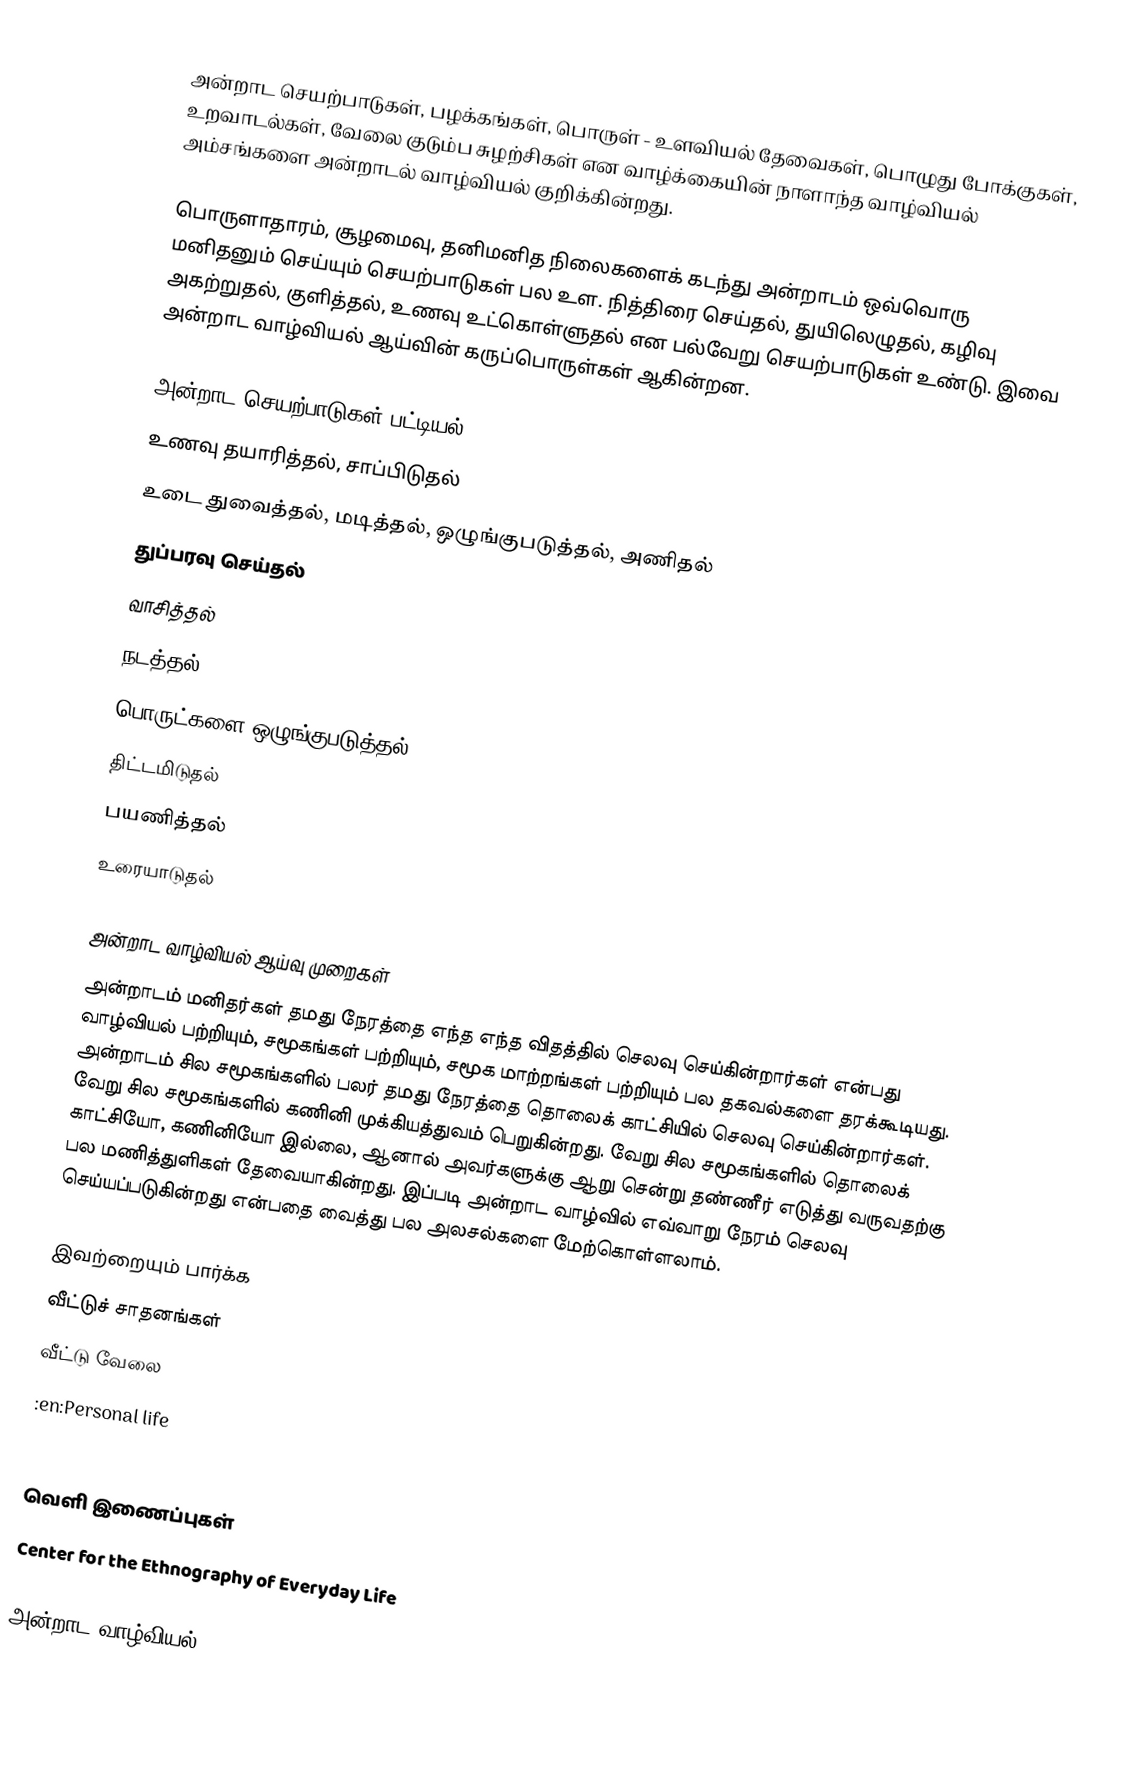
அன்றாட செயற்பாடுகள், பழக்கங்கள், பொருள் - உளவியல் தேவைகள், பொழுது போக்குகள், உறவாடல்கள், வேலை குடும்ப சுழற்சிகள் என வாழ்க்கையின் நாளாந்த வாழ்வியல் அம்சங்களை அன்றாடல் வாழ்வியல் குறிக்கின்றது.

பொருளாதாரம், சூழமைவு, தனிமனித நிலைகளைக் கடந்து அன்றாடம் ஒவ்வொரு மனிதனும் செய்யும் செயற்பாடுகள் பல உள.  நித்திரை செய்தல், துயிலெழுதல், கழிவு அகற்றுதல், குளித்தல், உணவு உட்கொள்ளுதல் என பல்வேறு செயற்பாடுகள் உண்டு.  இவை அன்றாட வாழ்வியல் ஆய்வின் கருப்பொருள்கள் ஆகின்றன.

அன்றாட செயற்பாடுகள் பட்டியல்
 உணவு தயாரித்தல், சாப்பிடுதல்
 உடை துவைத்தல், மடித்தல், ஒழுங்குபடுத்தல், அணிதல்
 துப்பரவு செய்தல்
 வாசித்தல்
 நடத்தல்
 பொருட்களை ஒழுங்குபடுத்தல்
 திட்டமிடுதல்
 பயணித்தல்
 உரையாடுதல்

அன்றாட வாழ்வியல் ஆய்வு முறைகள்
அன்றாடம் மனிதர்கள் தமது நேரத்தை எந்த எந்த விதத்தில் செலவு செய்கின்றார்கள் என்பது வாழ்வியல் பற்றியும், சமூகங்கள் பற்றியும், சமூக மாற்றங்கள் பற்றியும் பல தகவல்களை தரக்கூடியது.  அன்றாடம் சில சமூகங்களில் பலர் தமது நேரத்தை தொலைக் காட்சியில் செலவு செய்கின்றார்கள்.  வேறு சில சமூகங்களில் கணினி முக்கியத்துவம் பெறுகின்றது.  வேறு சில சமூகங்களில் தொலைக் காட்சியோ, கணினியோ இல்லை, ஆனால் அவர்களுக்கு ஆறு சென்று தண்ணீர் எடுத்து வருவதற்கு பல மணித்துளிகள் தேவையாகின்றது.  இப்படி அன்றாட வாழ்வில் எவ்வாறு நேரம் செலவு செய்யப்படுகின்றது என்பதை வைத்து பல அலசல்களை மேற்கொள்ளலாம்.

இவற்றையும் பார்க்க
 வீட்டுச் சாதனங்கள்
 வீட்டு வேலை
 :en:Personal life
 :en:The Practice of Everyday Life

வெளி இணைப்புகள்
 Center for the Ethnography of Everyday Life

அன்றாட வாழ்வியல்